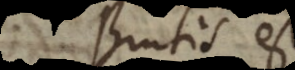
Brutis est